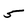
Character: 5